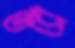
তরে